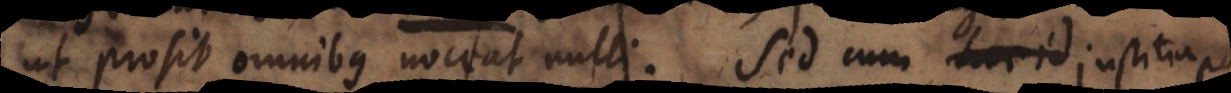
ut prosit omnibus noceat nulli. Sed cum hoc id